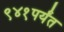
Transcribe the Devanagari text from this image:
९४१पर्यंत